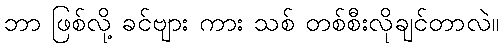
ဘာ ဖြစ်လို့ ခင်ဗျား ကား သစ် တစ်စီးလိုချင်တာလဲ။